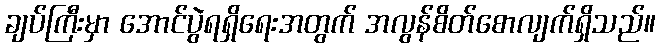
ချပ်ကြီးမှာ အောင်ပွဲရရှိရေးအတွက် အလွန်စိတ်စောလျက်ရှိသည်။